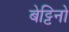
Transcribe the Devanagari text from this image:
बेट्टिनो